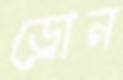
ড্রোন